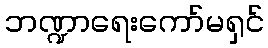
ဘဏ္ဍာရေးကော်မရှင်